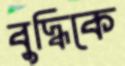
বুদ্ধিকে